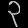
Digit: ၃